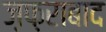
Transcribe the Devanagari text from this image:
ज़फ़राबाद